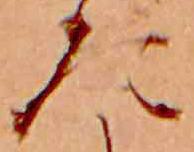
た